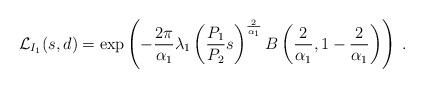
LaTeX: \begin{align*}\mathcal{L}_{I_{1}}(s,d)=\exp\left(-\frac{2\pi}{\alpha_1}\lambda_{1}\left(\frac{P_1}{P_2}s\right)^{\frac{2}{\alpha_1}}B\left(\frac{2}{\alpha_1},1-\frac{2}{\alpha_1}\right)\right)\;.\end{align*}